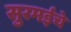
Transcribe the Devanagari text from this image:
सुरमईचे